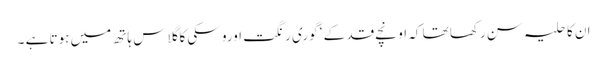
ان کا حلیہ سن رکھا تھا کہ اونچے قد کے ‘ گوری رنگت اورو سکی کا گلاس ہاتھ میں ہوتا ہے ۔